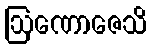
ဩဏောဇေသိ